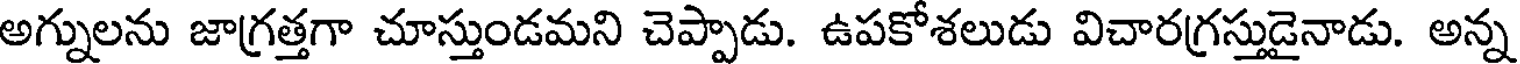
అగ్నులను జాగ్రత్తగా చూస్తుండమని చెప్పాడు. ఉపకోశలుడు విచారగ్రస్తుడైనాడు. అన్న